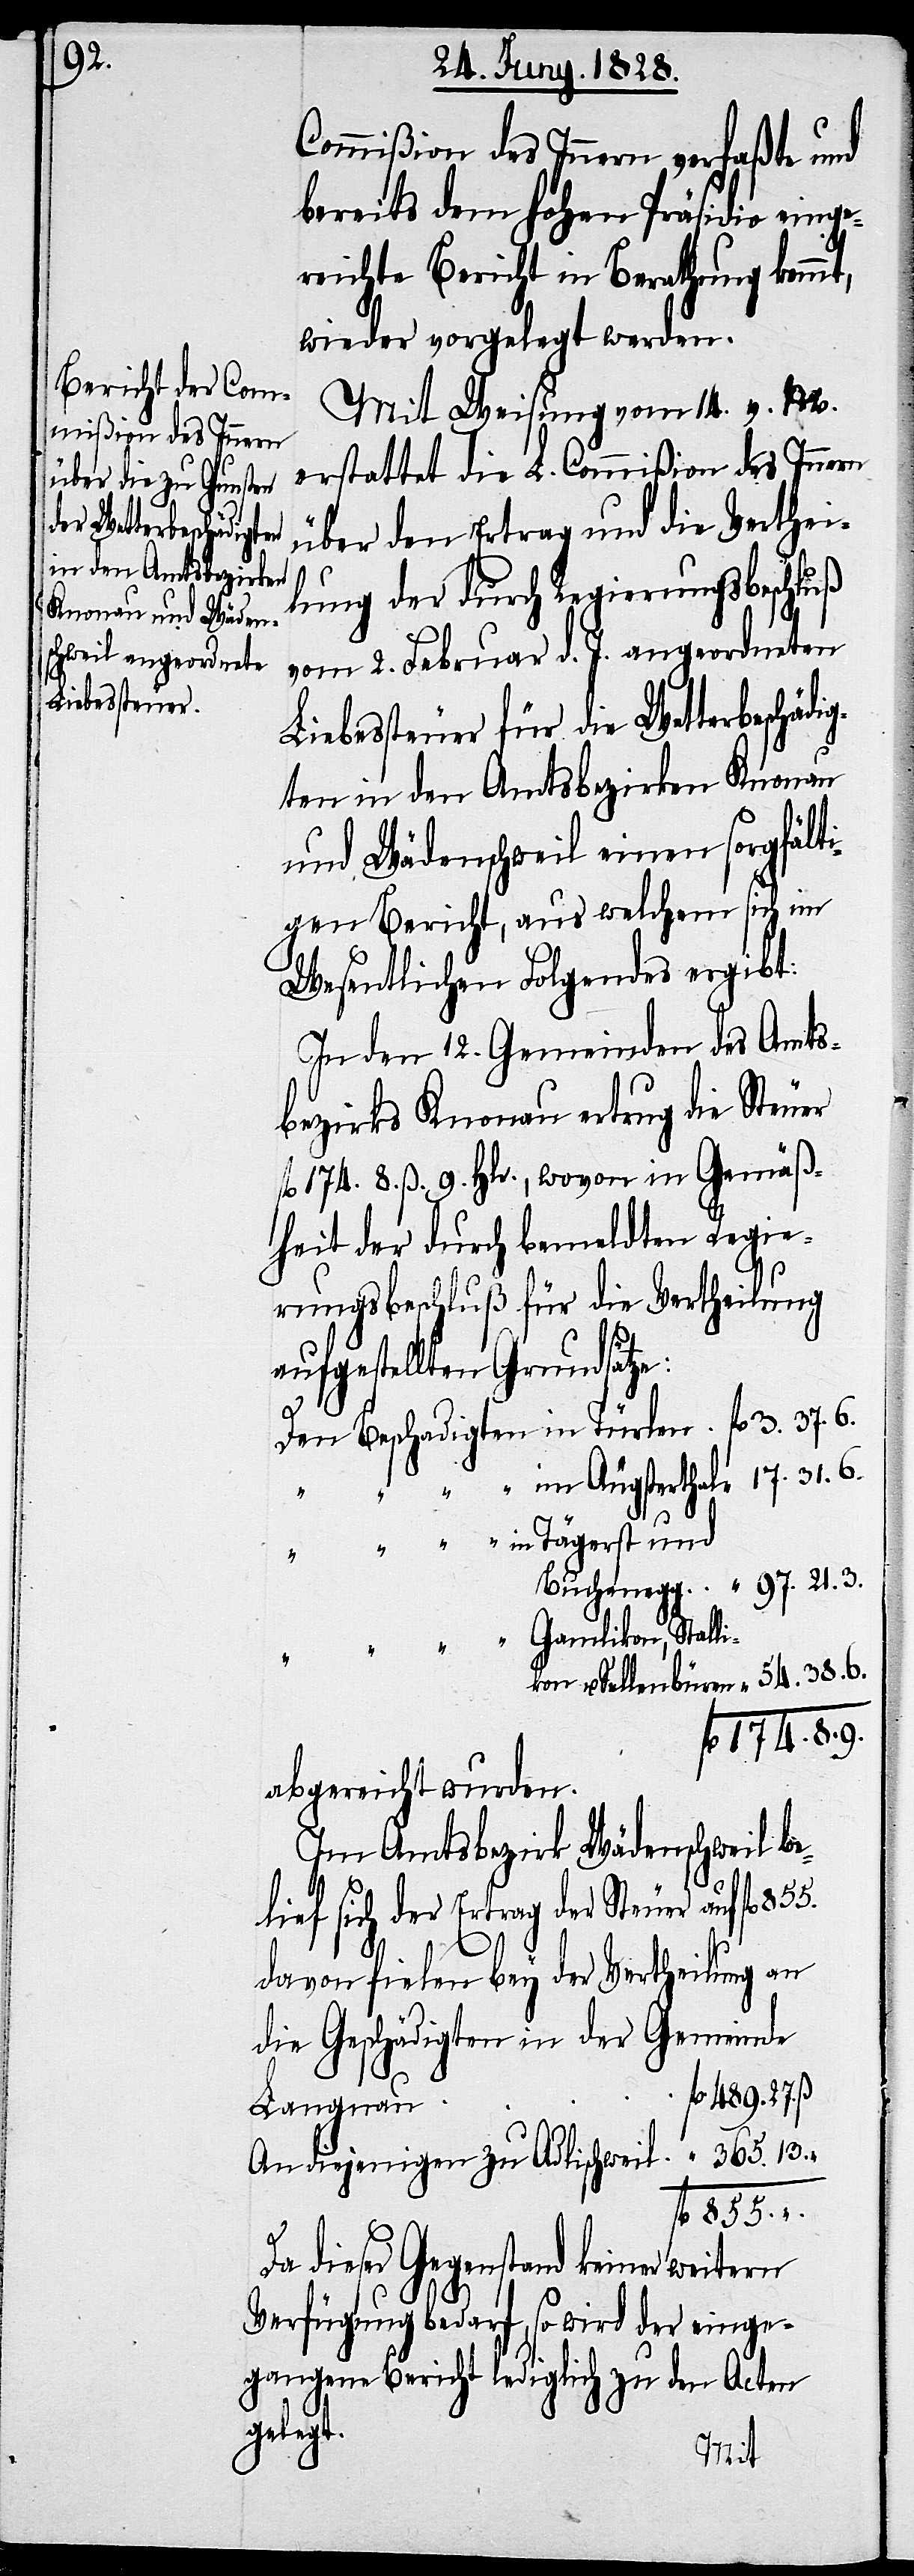
9.
der Vertheilung an

Commißion des Innern verfaßte und
bereits dem hohen Präsidio einge¬
reichte Bericht in Berathung kommt,
wieder vorgelegt werden.
Mit Weisung vom 14. v. M.
erstattet die L. Commißion des Innern
über den Ertrag und die Verthei¬
fl.
lung der durch Regierungsbeschluß
vom 2. Februar d. J. angeordneten
Liebessteuer für die Wetterbeschädi¬
gten in den Amtsbezirken Knonau
und Wädenschweil einen sorgfälti¬
gen Bericht, aus welchem sich im
Wesentlichen Folgendes ergibt:
In den 12. Gemeinden des Amts¬
bezirks Knonau ertrug die Steuer
fl 174. 8. ß. 9. Hlr., wovon in Gemäß¬
heit der durch bemeldten Regie¬
rungsbeschluß für die Vertheilung
aufgestellten Grundsätze:
Gamlikon, Stall¬
abgereicht wurden.
Im Amtsbezirk Wädenschweil be¬
lief sich der Ertrag der Steuer auf fl.
die Geschädigten in der Gemeinde
6.
Langnau
855.
fl.
Da dieser Gegenstand keiner weitern
Verfügung bedarf, so wird der einge¬
gangene Bericht lediglich zu den Acten
gelegt.